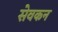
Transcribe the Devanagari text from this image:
सेवकन